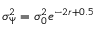
\sigma _ { \Psi } ^ { 2 } = \sigma _ { 0 } ^ { 2 } e ^ { - 2 r + 0 . 5 }